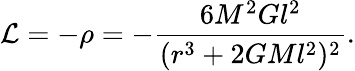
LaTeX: {\cal L}=-\rho=-\frac{6M^{2}Gl^{2}}{(r^{3}+2GMl^{2})^{2}}.